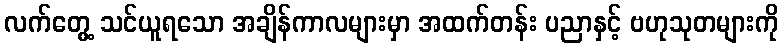
လက်တွေ့ သင်ယူရသော အချိန်ကာလများမှာ အထက်တန်း ပညာနှင့် ဗဟုသုတများကို